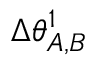
\Delta \theta _ { A , B } ^ { 1 }